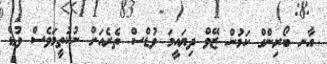
އާނ ބޯރިންގް ކަމުން ޒޭވް ދިޔައީމަ ވުޑްސް ތެރެއަށް ނުކުތީމަވެސް ވުޑް